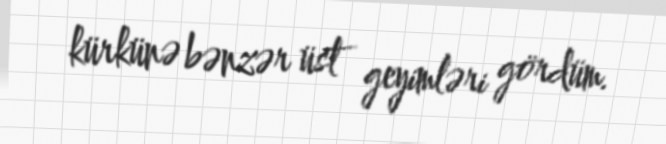
kürkünə bənzər üst geyimləri gördüm.